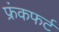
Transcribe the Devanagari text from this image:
फ्रंकफर्ट